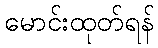
မောင်းထုတ်ရန်